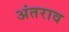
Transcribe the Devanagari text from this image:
अंतराव